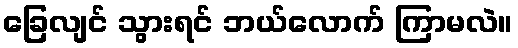
ခြေလျင် သွားရင် ဘယ်လောက် ကြာမလဲ။